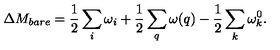
\Delta M _ { b a r e } = \frac { 1 } { 2 } \sum _ { i } \omega _ { i } + \frac { 1 } { 2 } \sum _ { q } \omega ( q ) - \frac { 1 } { 2 } \sum _ { k } \omega _ { k } ^ { 0 } .